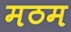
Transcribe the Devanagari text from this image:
मठम